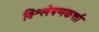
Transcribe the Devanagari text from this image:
विश्लेषणकर्त्ता